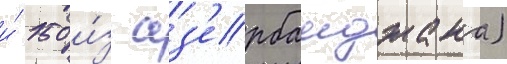
и́ 150 и́з аз'ербаиджана)